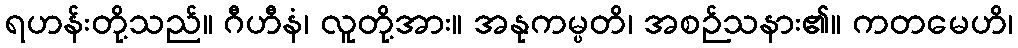
ရဟန်းတို့သည်။ ဂီဟီနံ၊ လူတို့အား။ အနုကမ္ပတိ၊ အစဉ်သနား၏။ ကတမေဟိ၊